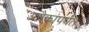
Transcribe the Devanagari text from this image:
अनेकांपर्यंत